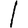
Digit: 1